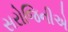
સરોજિનીએ